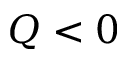
Q < 0